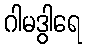
ဂါမဒွါရေ